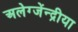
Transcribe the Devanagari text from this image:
अलेग्जेंन्द्रीया